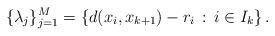
LaTeX: \begin{align*} \{\lambda_j\}_{j=1}^M = \left\{d(x_i,x_{k+1}) - r_i \,:\, i \in I_k\right\}. \end{align*}